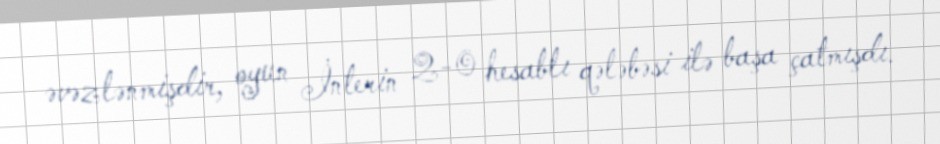
əvəzlənmişdir, oyun İnterin 2-0 hesablı qələbəsi ilə başa çatmışdı.